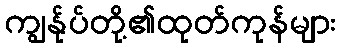
ကျွန်ုပ်တို့၏ထုတ်ကုန်များ